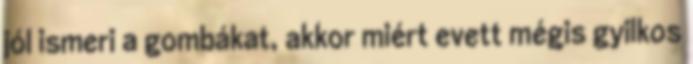
jól ismeri a gombákat, akkor miért evett mégis gyilkos